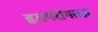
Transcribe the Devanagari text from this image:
हृदयरोगतज्ञ